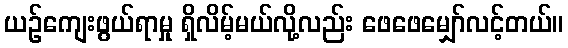
ယဉ်ကျေးဖွယ်ရာမှု ရှိလိမ့်မယ်လို့လည်း ဖေဖေမျှော်လင့်တယ်။